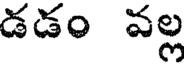
డడం వల్ల